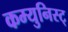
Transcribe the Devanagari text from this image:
कम्युनिस्ट्